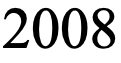
2008